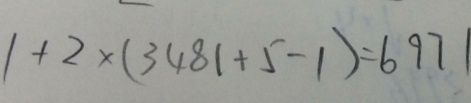
1 + 2 \times ( 3 4 8 1 + 5 - 1 ) = 6 9 7 1